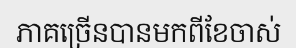
ភាគច្រើនបានមកពីខែចាស់